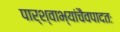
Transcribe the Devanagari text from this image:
पार्श्वाभ्यांचैवपादतः